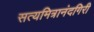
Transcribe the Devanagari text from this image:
सत्यमित्रानंदगिरी